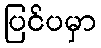
ပြင်ပမှာ